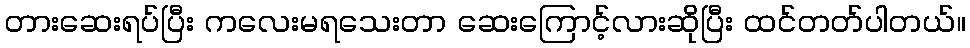
တားဆေးရပ်ပြီး ကလေးမရသေးတာ ဆေးကြောင့်လားဆိုပြီး ထင်တတ်ပါတယ်။